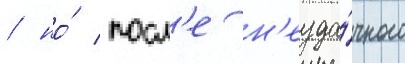
/ но́ посл'е н'еуда́чного